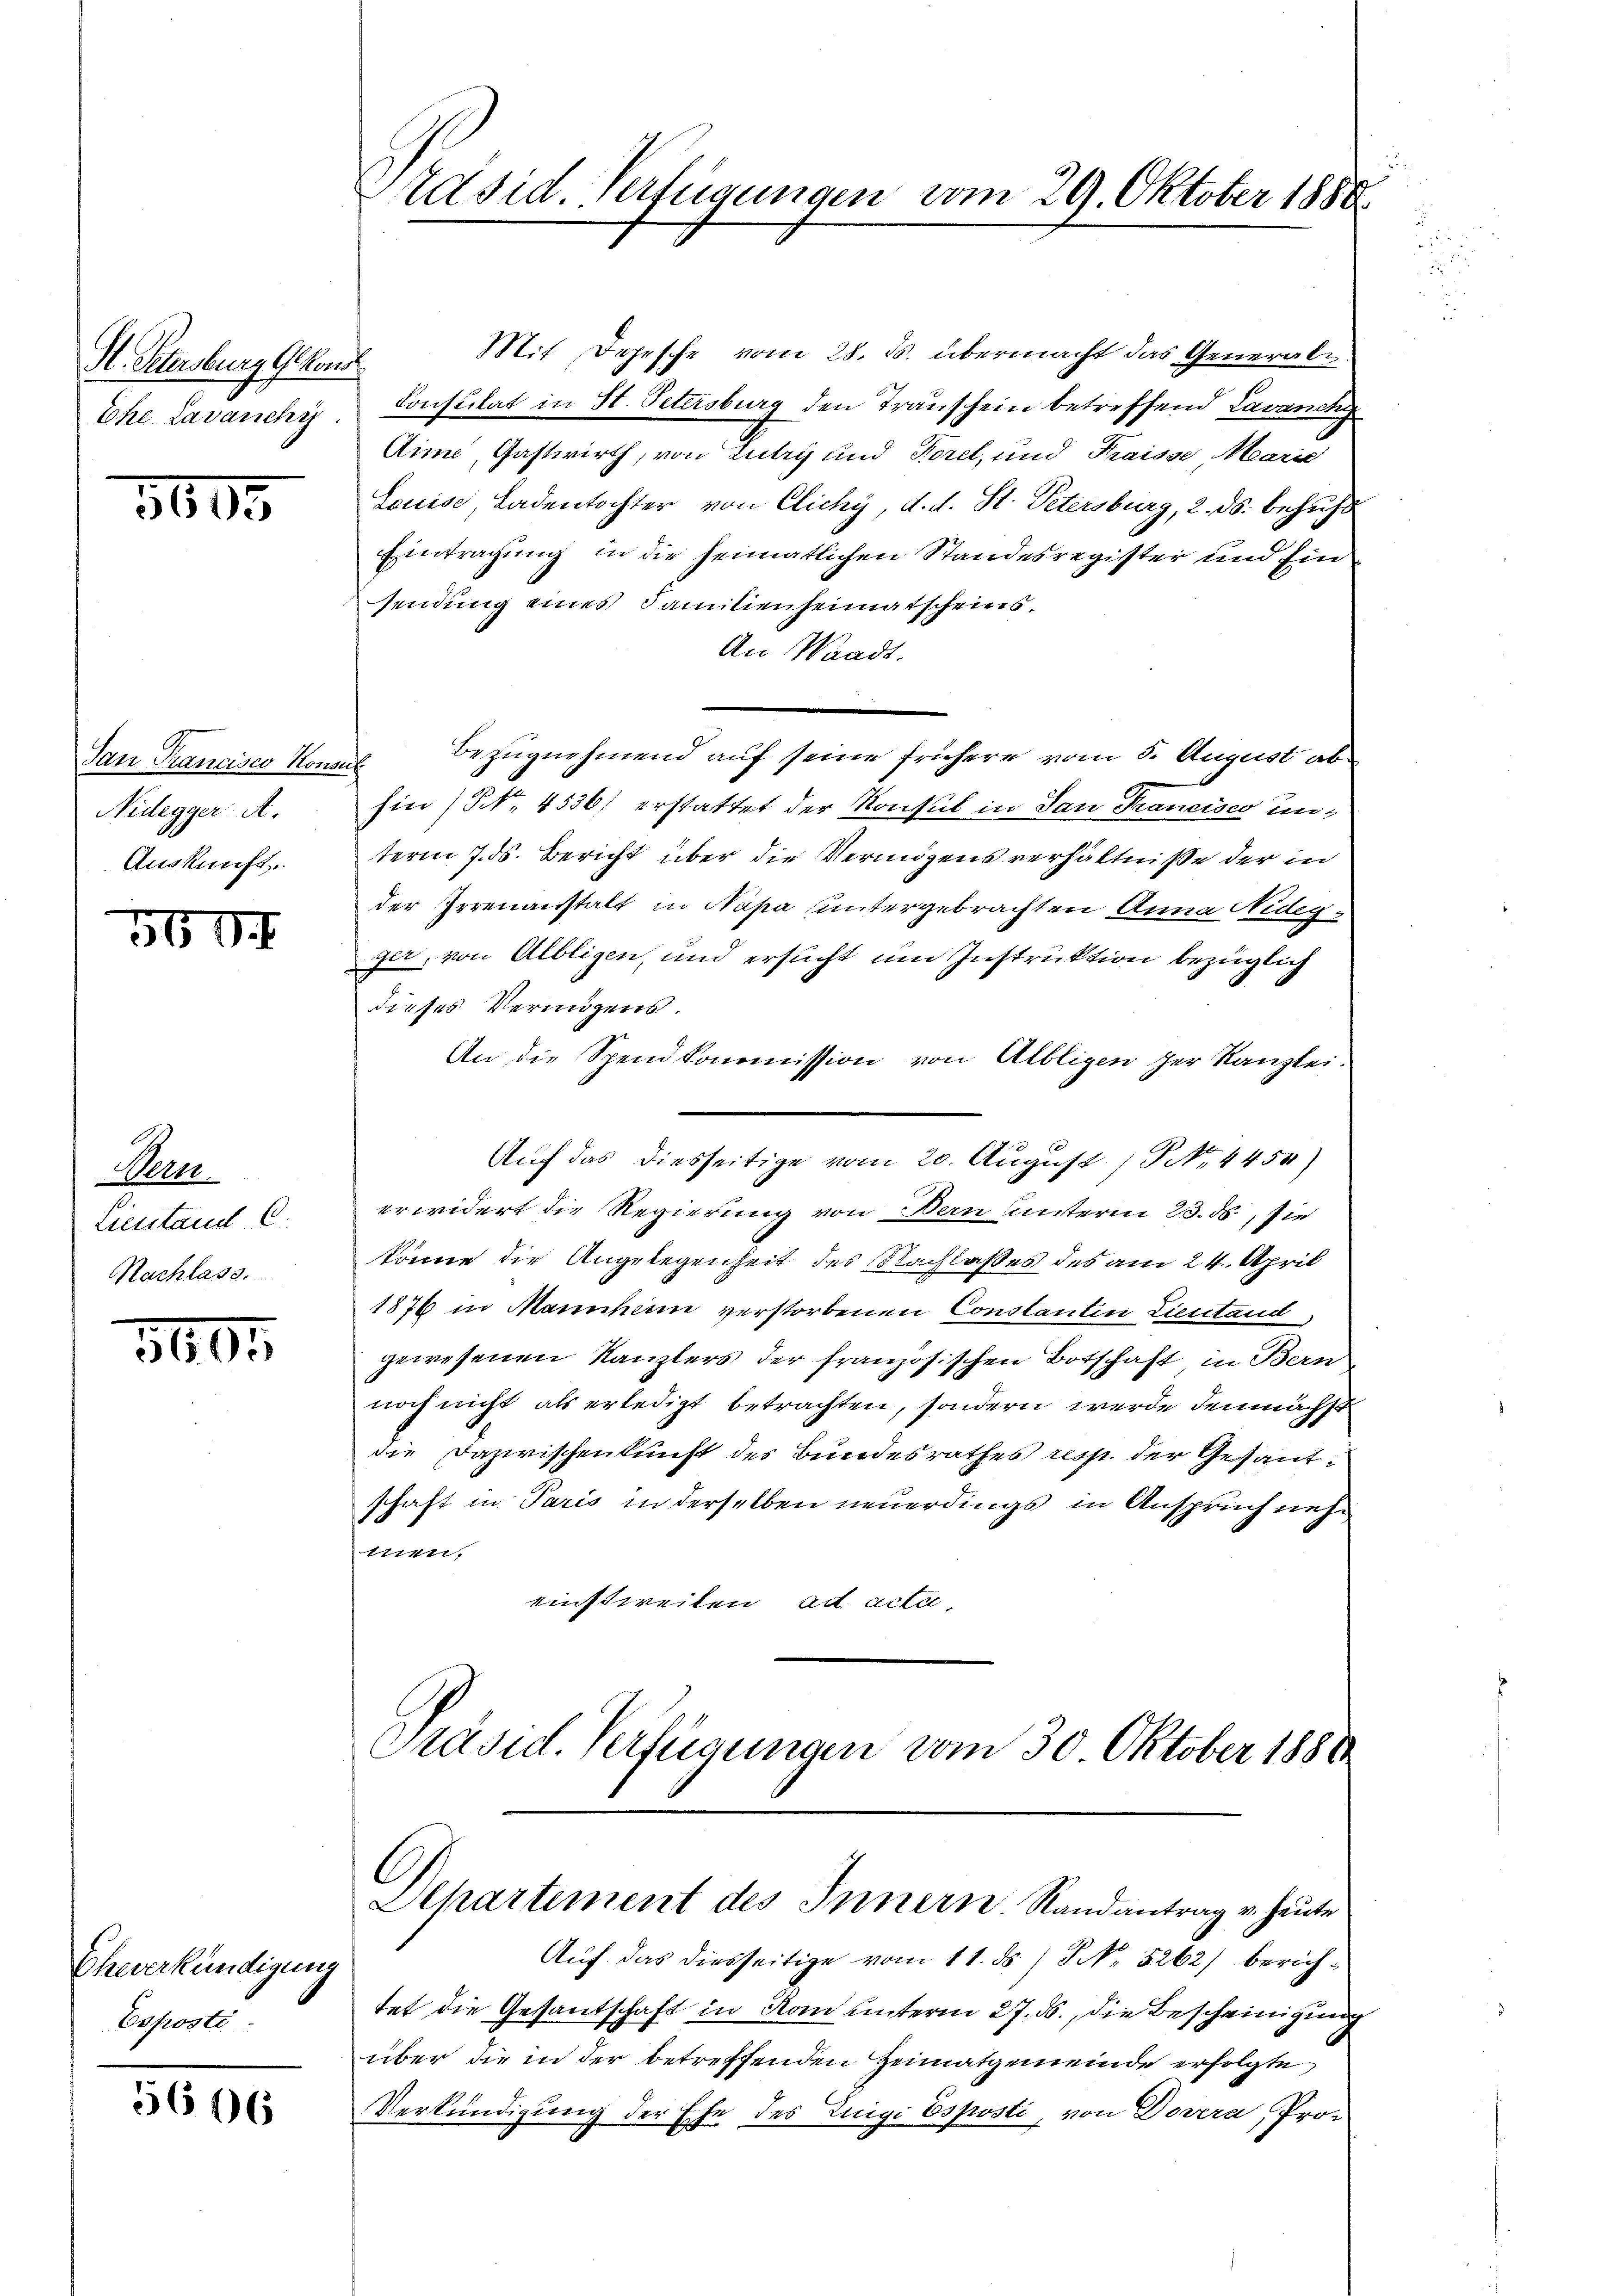
St. Petersburg Glkons
Ehe. Lavanchy

3605

Nidegger A.
Auskunft.

569.

Mor
Lientand C.
Nachlass.

3605

Emeerkundigung
Esposté

5646

Präsid. Verfügungen vom 29. Oktober 1888.

Mit Depesche vom 28. ds. übermacht das Generals
Constitat in St. Petersburg den Transchein betreffend Lavanche
Aim, Gastwirth, von Lutry und Forel, und Kraisse Marie
Louise, Ladentochter von Cichy, d. d. St. Petersburg, 2. ds. behufs
Eintragung in die heimatlichen Standesregister und Einsendung eines Familienheimatscheins,
An Waadt.
San Francisco Kouane Bezŭgnehmend auf seine frühere vom 5. August abhin (NNNo. 4536) erstattet der Konsul in San Francisco unterm 7. ds. Bericht über die Vermögens verhältniße der in
der Irrenanstalt in Napa untergebrachten Anna Nidegger, von Albligen, und ersucht um Instruktion bezüglich
dieses Vermögens.
An die Spendkommission von Albligen der Kanzlei-
Auf das diesseitige vom 20. August / NNo. 4450)
erwidert die Regierung von Bern unterm 23. ds., sie
könne die Angelegenheit des Nachlaßes des am 24. April
1876 in Mannhin verstorbenen Constantin Licitand
gewesenen Kanzlers der französischen Botschaft in Bern
noch nicht als erledigt betrachten, sondern wurde demnächst
die Dazwischenkunft des Bundesrathes resp. der Gesandschaft in Paris in derselben neuerdings in Anspruch neh¬
10
snen,
einstweilen, ad acti,
Präsid. Verfügungen vom 30. Oktober 1881

Dehartement des Innern. Randantrag u. heute

Auf das diesseitige vom 11. ds. / NNo. 5262) berichtet die Gesandtschaft in Rom unterm 27. ds., die Bescheinigung
über die in der betreffenden Heimatgemeinde erfolgte
Verkündigung der Ehe des Luigi Esposti, von Dovera, Pro-